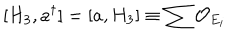
[ H _ { 3 } , a ^ { \dagger } ] = [ a , H _ { 3 } ] \equiv \sum { \cal O } _ { E _ { i } }